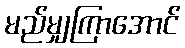
မည်မျှကြာအောင်